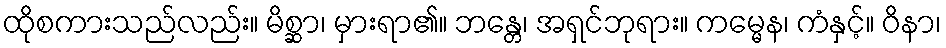
ထိုစကားသည်လည်း။ မိစ္ဆာ၊ မှားရာ၏။ ဘန္တေ၊ အရှင်ဘုရား။ ကမ္မေန၊ ကံနှင့်။ ဝိနာ၊